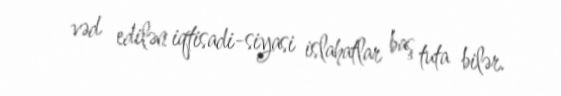
vəd edilən iqtisadi-siyasi islahatlar baş tuta bilər.